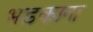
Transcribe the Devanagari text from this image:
भडकाना